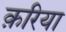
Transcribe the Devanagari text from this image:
क़रिया